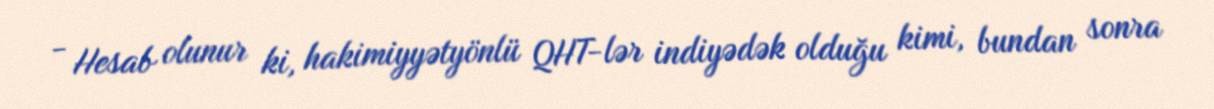
- Hesab olunur ki, hakimiyyətyönlü QHT-lər indiyədək olduğu kimi, bundan sonra